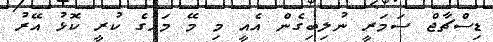
ޑިސްޗާޖް ސަމަރީ ނުލިބިގެން އެއީ މި މޭ މަހުގެ ކުރީ ކޮޅު އޭރު